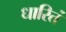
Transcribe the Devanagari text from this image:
धारितं